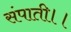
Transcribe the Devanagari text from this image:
संपाती।।